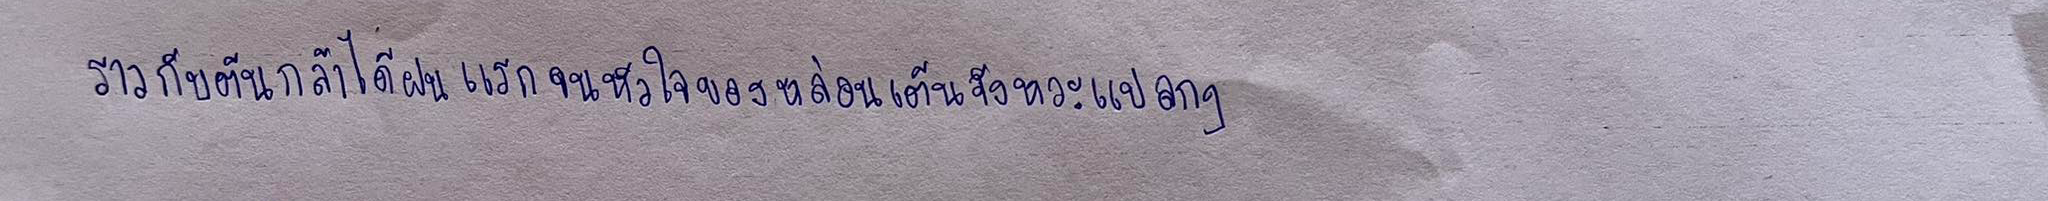
ราวกับต้นกล้าได้ฝนแรกจนหัวใจของหล่อนเต้นจังหวะแปลกๆ